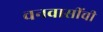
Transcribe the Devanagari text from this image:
वनवासींची